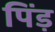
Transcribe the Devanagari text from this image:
पिंड़